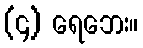
(၄) ရေဘေး။